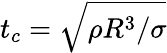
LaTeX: t_{c}=\sqrt{\rho R^{3}/\sigma}